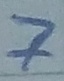
Text: 7